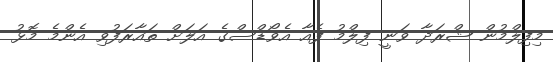
މިފިލްމުން ޝްރަދާ ވަނީ ފިލްމު ފެއާ އެވޯޑްސްގެ އަލަށް ތައާރަފުވި އެންމެ މޮޅު